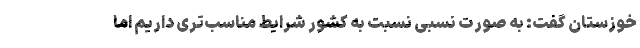
خوزستان گفت: به صورت نسبی نسبت به کشور شرایط مناسب‌تری داریم اما